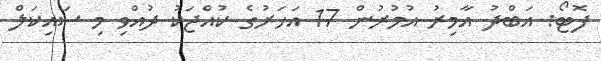
ފޮޓޯ: އަބްދު އާމިރު އުމުރުން 17 އަހަރުގެ ކުއްޖަކު ދުއްވި މި ސައިކަލް